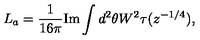
L _ { a } = \frac { 1 } { 1 6 \pi } \mathrm { I m } \int d ^ { 2 } \theta W ^ { 2 } \tau ( z ^ { - 1 / 4 } ) ,